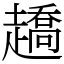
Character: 趫